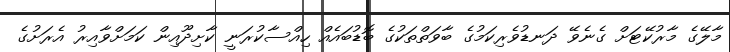
މާލޭގެ މާރުކޭޓަށް ގެނެވޭ ދަނޑުވެރިކަމުގެ ބާވަތްތަކުގެ ބޮޑުބައެއް ހިއްސާކުރަނީ ކާށިދޫއިން ކަމަށްވާއިރު އެރަށުގެ